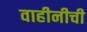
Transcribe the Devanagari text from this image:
वाहीनीची